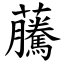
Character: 虅